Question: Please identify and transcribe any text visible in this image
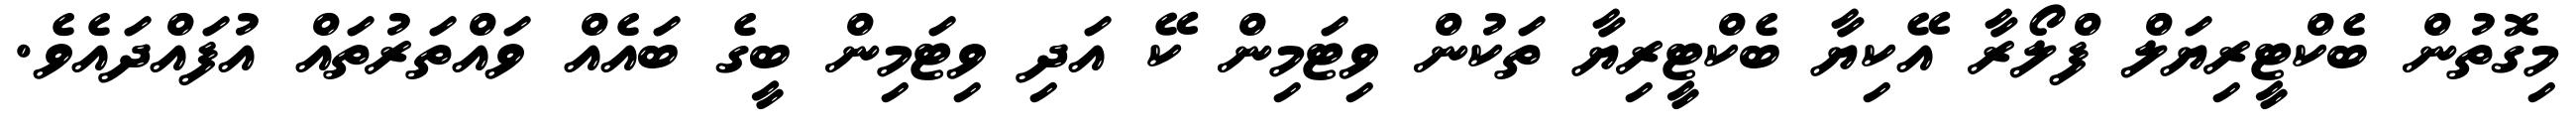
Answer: މިގޮތުން ބެކްޓީރިޔަލް ފްލޯރާ އޭކިޔާ ބެކްޓީރިޔާ ތަކުން ވިޓަމިން ކޭ އަދި ވިޓަމިން ބީގެ ބައެއް ވައްތަރުތައް އުފައްދައެވެ.